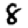
Digit: 8